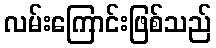
လမ်းကြောင်းဖြစ်သည်